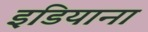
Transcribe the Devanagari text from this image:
इडियाना